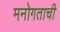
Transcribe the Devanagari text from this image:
मनोगताची